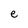
Character: e